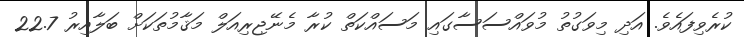
ކުރެވިފައެވެ. އަދި މިވަގުތު މުވައްސަސާގައި މަސައްކަތް ކުރާ މެނޭޖިރިއަލް މަޤާމުތަކަށް ބަލާއިރު 22.7